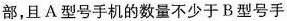
部，且A型号手机的数量不少于B型号手